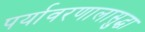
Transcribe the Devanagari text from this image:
पर्यावरणालासुद्धा